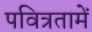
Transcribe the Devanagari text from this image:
पवित्रतामें